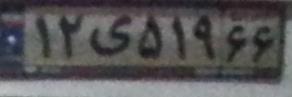
۱۲ی۵۱۹۶۶